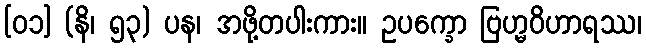
[၀၁] (နိ၊ ၅၃) ပန၊ အဖို့တပါးကား။ ဥပက္ခော ဗြဟ္မဝိဟာရဿ၊